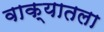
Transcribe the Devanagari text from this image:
वाक्यातला